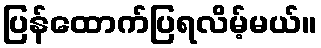
ပြန်ထောက်ပြရလိမ့်မယ်။